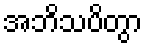
အဘိသပိတွာ